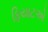
ફિયાટએ